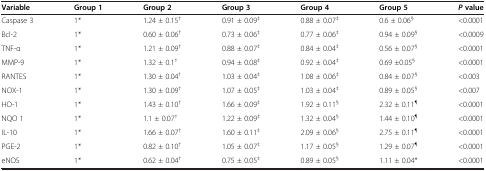
<table><thead><tr><td><b>Variable</b></td><td><b>Group 1</b></td><td><b>Group 2</b></td><td><b>Group 3</b></td><td><b>Group 4</b></td><td><b>Group 5</b></td><td><b><i>P </i>value</b></td></tr></thead><tbody><tr><td>Caspase 3</td><td>1*</td><td>1.24 ± 0.15<sup>†</sup></td><td>0.91 ± 0.09<sup>‡</sup></td><td>0.88 ± 0.07<sup>‡</sup></td><td>0.6 ± 0.06<sup>§</sup></td><td>&lt;0.0001</td></tr><tr><td>Bcl-2</td><td>1*</td><td>0.60 ± 0.06<sup>†</sup></td><td>0.73 ± 0.06<sup>‡</sup></td><td>0.77 ± 0.06<sup>‡</sup></td><td>0.94 ± 0.09<sup>§</sup></td><td>&lt;0.0009</td></tr><tr><td>TNF-α</td><td>1*</td><td>1.21 ± 0.09<sup>†</sup></td><td>0.88 ± 0.07<sup>‡</sup></td><td>0.84 ± 0.04<sup>‡</sup></td><td>0.56 ± 0.07<sup>§</sup></td><td>&lt;0.0001</td></tr><tr><td>MMP-9</td><td>1*</td><td>1.32 ± 0.1<sup>†</sup></td><td>0.94 ± 0.08<sup>‡</sup></td><td>0.92 ± 0.04<sup>‡</sup></td><td>0.69 ±0.05<sup>§</sup></td><td>&lt;0.0001</td></tr><tr><td>RANTES</td><td>1*</td><td>1.30 ± 0.04<sup>†</sup></td><td>1.03 ± 0.04<sup>‡</sup></td><td>1.08 ± 0.06<sup>‡</sup></td><td>0.84 ± 0.07<sup>§</sup></td><td>&lt;0.003</td></tr><tr><td>NOX-1</td><td>1*</td><td>1.30 ± 0.09<sup>†</sup></td><td>1.07 ± 0.05<sup>‡</sup></td><td>1.03 ± 0.04<sup>‡</sup></td><td>0.89 ± 0.05<sup>§</sup></td><td>&lt;0.007</td></tr><tr><td>HO-1</td><td>1*</td><td>1.43 ± 0.10<sup>†</sup></td><td>1.66 ± 0.09<sup>‡</sup></td><td>1.92 ± 0.11<sup>§</sup></td><td>2.32 ± 0.11<sup>¶</sup></td><td>&lt;0.0001</td></tr><tr><td>NQO 1</td><td>1*</td><td>1.1 ± 0.07<sup>†</sup></td><td>1.22 ± 0.09<sup>‡</sup></td><td>1.32 ± 0.04<sup>§</sup></td><td>1.44 ± 0.10<sup>¶</sup></td><td>&lt;0.0001</td></tr><tr><td>IL-10</td><td>1*</td><td>1.66 ± 0.07<sup>†</sup></td><td>1.60 ± 0.11<sup>‡</sup></td><td>2.09 ± 0.06<sup>§</sup></td><td>2.75 ± 0.11<sup>¶</sup></td><td>&lt;0.0001</td></tr><tr><td>PGE-2</td><td>1*</td><td>0.82 ± 0.10<sup>†</sup></td><td>1.05 ± 0.07<sup>‡</sup></td><td>1.17 ± 0.05<sup>§</sup></td><td>1.29 ± 0.07<sup>¶</sup></td><td>&lt;0.0001</td></tr><tr><td>eNOS</td><td>1*</td><td>0.62 ± 0.04<sup>†</sup></td><td>0.75 ± 0.05<sup>‡</sup></td><td>0.89 ± 0.05<sup>§</sup></td><td>1.11 ± 0.04*</td><td>&lt;0.0001</td></tr></tbody></table>